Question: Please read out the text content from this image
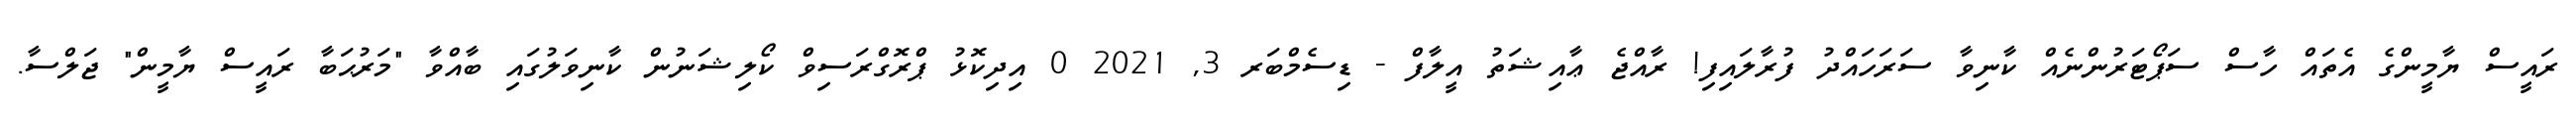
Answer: ރައީސް ޔާމީންގެ އެތައް ހާސް ސަޕޯޓަރުންނެއް ކާނިވާ ސަރަހައްދު ފުރާލައިފި! ރާއްޖެ ޢާއިޝަތު އީލާފް - ޑިސެމްބަރ 3, 2021 0 އިދިކޮޅު ޕްރޮގްރަސިވް ކޯލިޝަނުން ކާނިވަލުގައި ބާއްވާ "މަރުޙަބާ ރައީސް ޔާމީން" ޖަލްސާ.